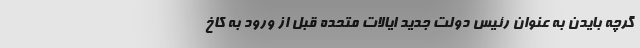
گرچه بایدن به عنوان رئیس دولت جدید ایالات متحده قبل از ورود به کاخ